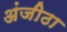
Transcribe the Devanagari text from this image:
अंजीठा